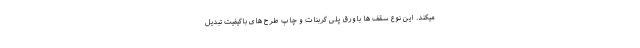
میکند. این نوع سقف ها باورق پلی کربنات و چاپ طرح های باکیفیت تبدیل